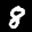
Label: 8